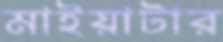
মাইয়াটার